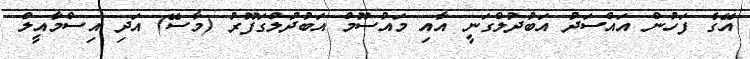
އޭގެ ފަހުން އައްސަދު އަބުދުލްގަނީ އާއި މައުސޫމް އަބުދުލްގަފޫރު (މާސޭ) އަދި އިސްމާއީލް